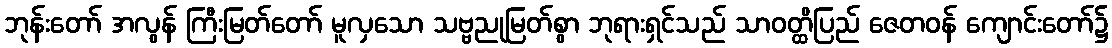
ဘုန်းတော် အလွန် ကြီးမြတ်တော် မူလှသော သဗ္ဗညုမြတ်စွာ ဘုရားရှင်သည် သာဝတ္ထိပြည် ဇေတဝန် ကျောင်းတော်၌